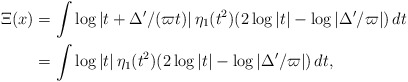
\begin{align*} \Xi(x) &= \int \log|t+\Delta'/(\varpi t)|\,\eta_1(t^2)(2\log|t|-\log|\Delta'/\varpi|)\,dt\\ &=\int \log|t|\,\eta_1(t^2)(2\log|t|-\log|\Delta'/\varpi|)\,dt,\end{align*}